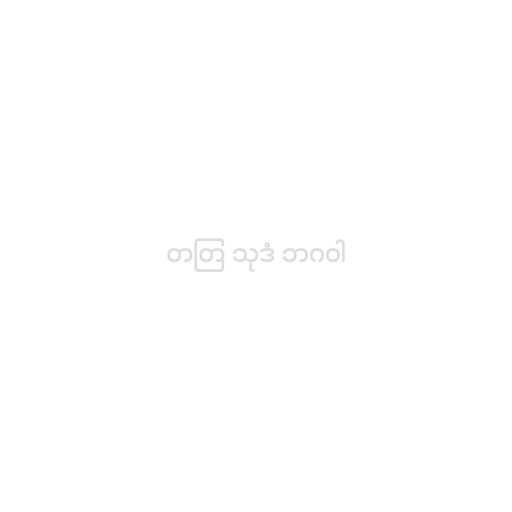
တတြ သုဒံ ဘဂဝါ